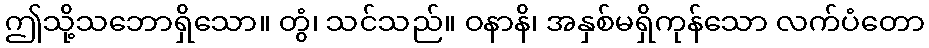
ဤသို့သဘောရှိသော။ တွံ၊ သင်သည်။ ဝနာနိ၊ အနှစ်မရှိကုန်သော လက်ပံတော